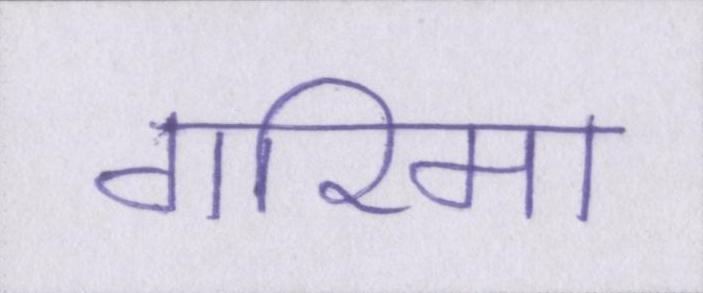
गरिमा